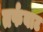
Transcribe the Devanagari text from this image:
तर्फबाट